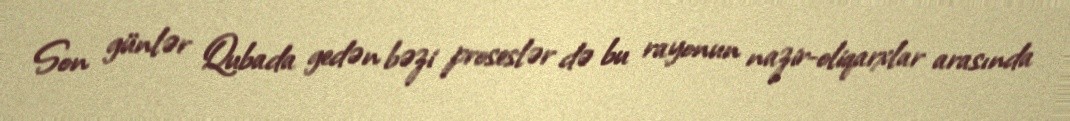
Son günlər Qubada gedən bəzi proseslər də bu rayonun nazir-oliqarxlar arasında